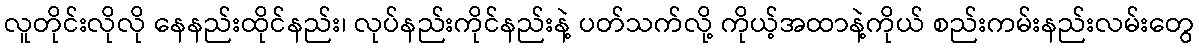
လူတိုင်းလိုလို နေနည်းထိုင်နည်း၊ လုပ်နည်းကိုင်နည်းနဲ့ ပတ်သက်လို့ ကိုယ့်အထာနဲ့ကိုယ် စည်းကမ်းနည်းလမ်းတွေ